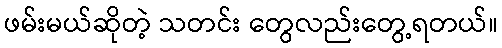
ဖမ်းမယ်ဆိုတဲ့ သတင်း တွေလည်းတွေ့ရတယ်။